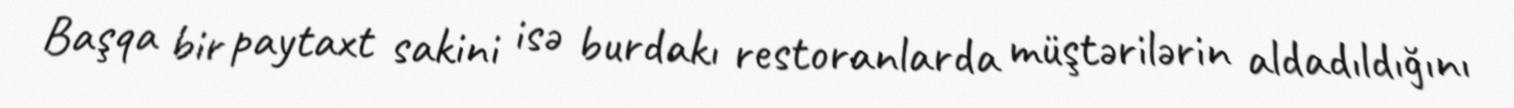
Başqa bir paytaxt sakini isə burdakı restoranlarda müştərilərin aldadıldığını